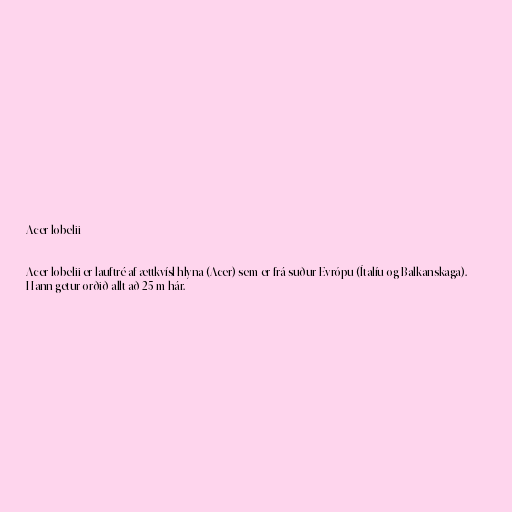
Acer lobelii

Acer lobelii er lauftré af ættkvísl hlyna (Acer) sem er frá suður Evrópu (Ítalíu og Balkanskaga).
Hann getur orðið allt að 25 m hár.